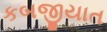
કબજીયાત